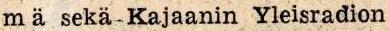
mä sekä Kajaanin Yleisradion